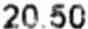
20.50